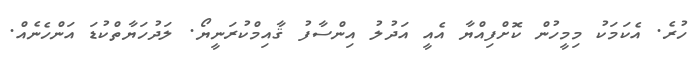
ހުރެ. އެކަމަކު މިމީހުން ކޮށްފިއްޔާ އެއީ އަދުލު އިންސާފު ޤާއިމްކުރަނީޔޯ. ލަދުހަޔާތްކުޑަ އަންހެނެއް.